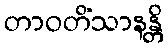
တာဝတိံသာနန္တိ